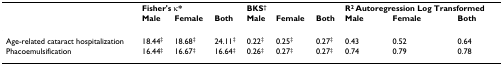
<table><thead><tr><td></td><td colspan="3"><b>Fisher&#x27;s κ*</b></td><td colspan="3"><b>BKS<sup>†</sup></b></td><td colspan="3"><b>R<sup>2 </sup>Autoregression Log Transformed</b></td></tr><tr><td></td><td><b>Male</b></td><td><b>Female</b></td><td><b>Both</b></td><td><b>Male</b></td><td><b>Female</b></td><td><b>Both</b></td><td><b>Male</b></td><td><b>Female</b></td><td><b>Both</b></td></tr></thead><tbody><tr><td>Age-related cataract hospitalization</td><td>18.44<sup>‡</sup></td><td>18.68<sup>‡</sup></td><td>24.11<sup>‡</sup></td><td>0.22<sup>‡</sup></td><td>0.25<sup>‡</sup></td><td>0.27<sup>‡</sup></td><td>0.43</td><td>0.52</td><td>0.64</td></tr><tr><td>Phacoemulsification</td><td>16.44<sup>‡</sup></td><td>16.67<sup>‡</sup></td><td>16.64<sup>‡</sup></td><td>0.26<sup>‡</sup></td><td>0.27<sup>‡</sup></td><td>0.27<sup>‡</sup></td><td>0.74</td><td>0.79</td><td>0.78</td></tr></tbody></table>